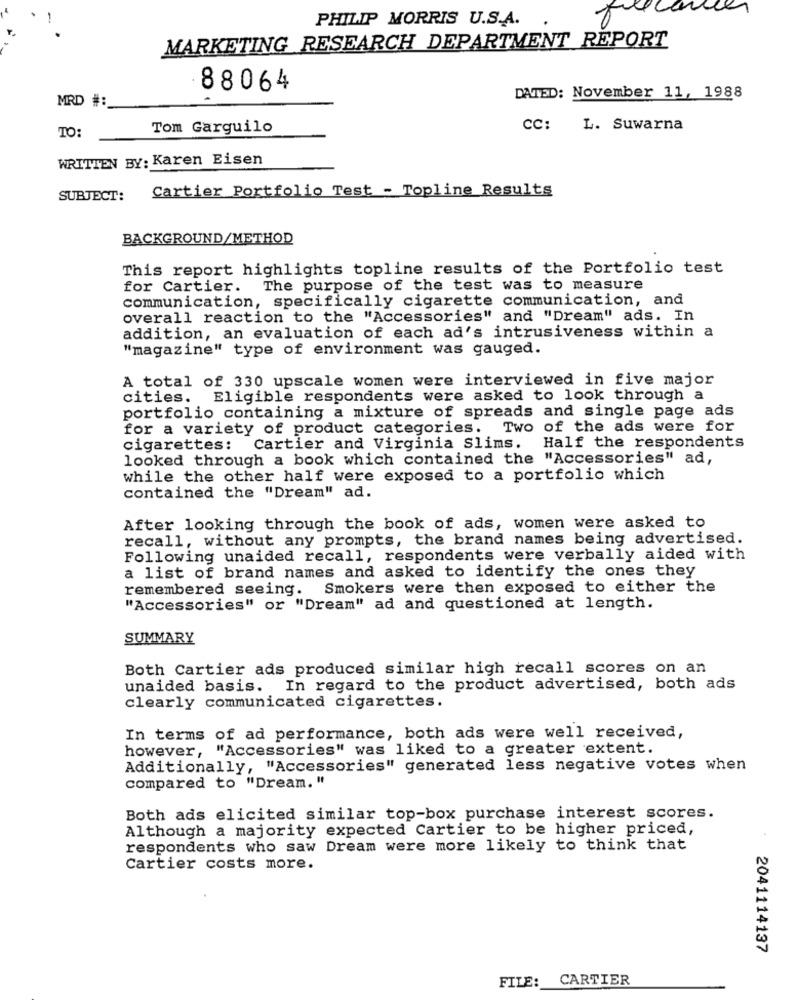
lecon
-
PHILIP MORRIS U.S.A.
MARKETING RESEARCH DEPARTMENT REPORT
88064
MRD #:
DATED: November 11, 1988
Tom Garguilo
CC:
L. Suwarna
TO
WRITTEN BY: Karen Eisen
Cartier Portfolio Test - Topline Results
SUBJECT:
BACKGROUND/METHOD
This report highlights topline results of the Portfolio test
for Cartier. The purpose of the test was to measure
communication, specifically cigarette communication, and
overall reaction to the "Accessories" and "Dream" ads. In
addition, an evaluation of each ad's intrusiveness within a
"magazine" type of environment was gauged.
A total of 330 upscale women were interviewed in five major
cities. Eligible respondents were asked to look through a
portfolio containing a mixture of spreads and single page ads
for a variety of product categories. Two of the ads were for
cigarettes: Cartier and Virginia Slims.
Half the respondents
looked through a book which contained the "Accessories" ad,
while the other half were exposed to a portfolio which
contained the "Dream" ad.
After looking through the book of ads, women were asked to
recall, without any prompts, the brand names being advertised.
Following unaided recall, respondents were verbally aided with
a list of brand names and asked to identify the ones they
remembered seeing. Smokers were then exposed to either the
"Accessories" or "Dream" ad and questioned at length.
SUMMARY
Both Cartier ads produced similar high recall scores on an
unaided basis. In regard to the product advertised, both ads
clearly communicated cigarettes.
In terms of ad performance, both ads were well received,
however, "Accessories" was liked to a greater extent.
Additionally, "Accessories" generated less negative votes when
compared to "Dream. "
Both ads elicited similar top-box purchase interest scores.
Although a majority expected Cartier to be higher priced,
respondents who saw Dream were more likely to think that
Cartier costs more.
2041114137
CARTIER
FILE: